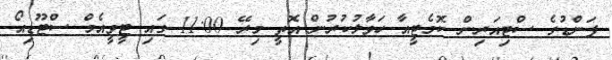
ފަންޑުގެ ސްޓިއަރިން ކޮމެޓީއާ ހަވާލުކުރުން އޮތީ މިރޭ 11:00 ގައި ޓީވީއެމް ސްޓޫޑިއޯ